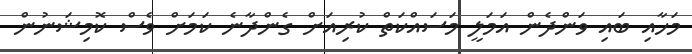
މަހާއި ބައި ވަންދެން އަމަލީ މަސައްކަތް ކުރިއަށް ގެންދާނެ ކަމަށް ވެސް ކޮމިޝަނުން